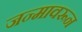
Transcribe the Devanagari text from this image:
जन्मावरून